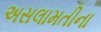
અસલામતીના